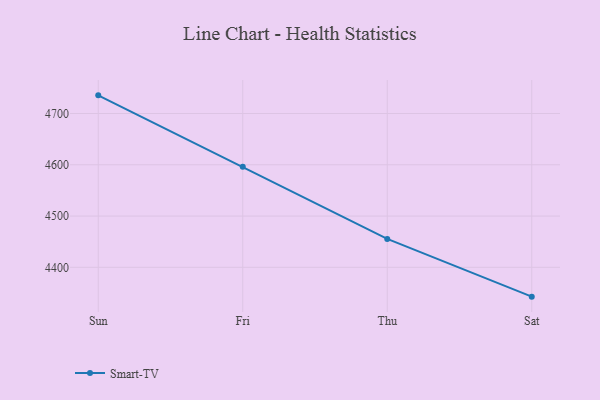
{"axis": {"x": "Day", "y": "Active Users"}, "legend": ["Smart-TV"], "data": [{"x": "Sun", "y": 4735.4, "type": "Smart-TV"}, {"x": "Fri", "y": 4596.2, "type": "Smart-TV"}, {"x": "Thu", "y": 4455.4, "type": "Smart-TV"}, {"x": "Sat", "y": 4342.8, "type": "Smart-TV"}]}